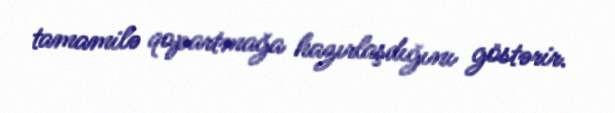
tamamilə qopartmağa hazırlaşdığını göstərir.